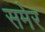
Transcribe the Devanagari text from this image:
समेर